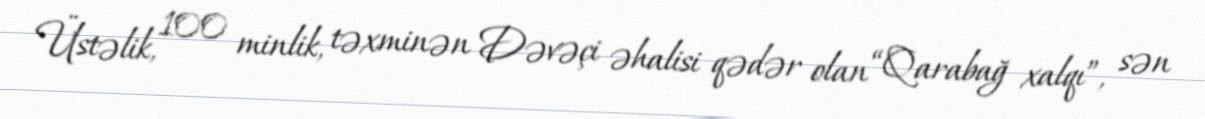
Üstəlik, 100 minlik, təxminən Dəvəçi əhalisi qədər olan “Qarabağ xalqı”, sən